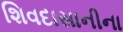
શિવદાસાનીના